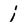
Character: i